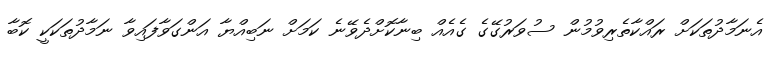
އެނަމާދުތަކަށް ރައްކާތެރިވުމުން ސުވަރުގޭގެ ގެއެއް ބިނާކޮށްދެވޭނެ ކަމަށް ނަބިއްޔާ އަންގަވާފައިވާ ނަމާދުތަކަކީ ކޮބާ